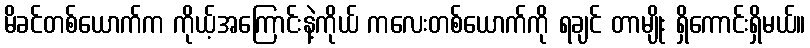
မိခင်တစ်ယောက်က ကိုယ့်အကြောင်းနဲ့ကိုယ် ကလေးတစ်ယောက်ကို ရချင် တာမျိုး ရှိကောင်းရှိမယ်။